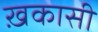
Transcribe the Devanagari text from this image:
ख़कासी